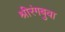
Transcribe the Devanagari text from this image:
श्रीरंगबुवा